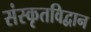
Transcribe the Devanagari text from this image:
संस्कृतविद्वान